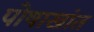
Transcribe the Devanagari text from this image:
पोषाखांत